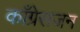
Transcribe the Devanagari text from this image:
काँग्रेसजन